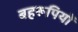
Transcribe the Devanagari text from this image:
बहरूपियों